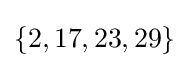
\lbrace 2,17,23,29\rbrace